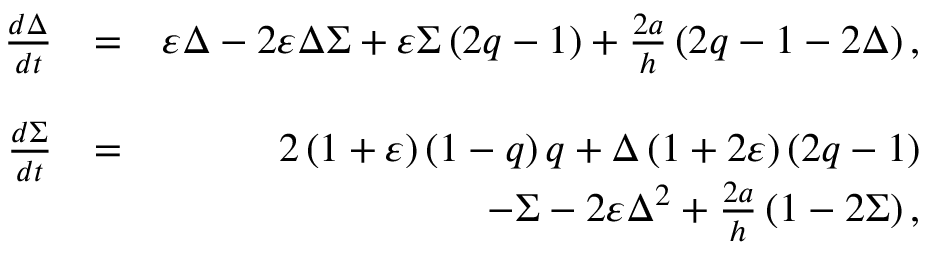
\begin{array} { r l r } { \frac { d \Delta } { d t } } & { = } & { \varepsilon \Delta - 2 \varepsilon \Delta \Sigma + \varepsilon \Sigma \left( 2 q - 1 \right) + \frac { 2 a } { h } \left( 2 q - 1 - 2 \Delta \right) , } \\ & { } & \\ { \frac { d \Sigma } { d t } } & { = } & { 2 \left( 1 + \varepsilon \right) \left( 1 - q \right) q + \Delta \left( 1 + 2 \varepsilon \right) \left( 2 q - 1 \right) } \\ & { } & { - \Sigma - 2 \varepsilon \Delta ^ { 2 } + \frac { 2 a } { h } \left( 1 - 2 \Sigma \right) , } \end{array}